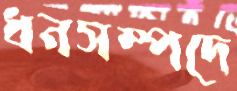
ধনসম্পদে